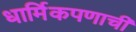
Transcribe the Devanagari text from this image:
धार्मिकपणाची